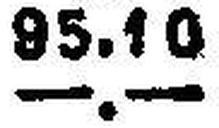
—.—